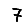
Digit: 7